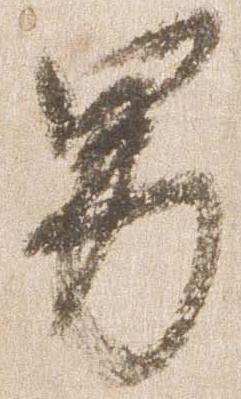
男